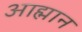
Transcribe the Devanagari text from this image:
आह्मान